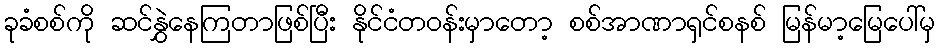
ခုခံစစ်ကို ဆင်နွှဲနေကြတာဖြစ်ပြီး နိုင်ငံတဝန်းမှာတော့ စစ်အာဏာရှင်စနစ် မြန်မာ့မြေပေါ်မှ